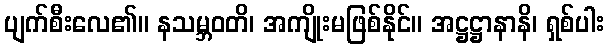
ပျက်စီးလေ၏။ နသမ္ဘဝတိ၊ အကျိုးမဖြစ်နိုင်။ အဋ္ဌဋ္ဌာနာနိ၊ ရှစ်ပါး